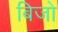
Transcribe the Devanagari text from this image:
बिजो